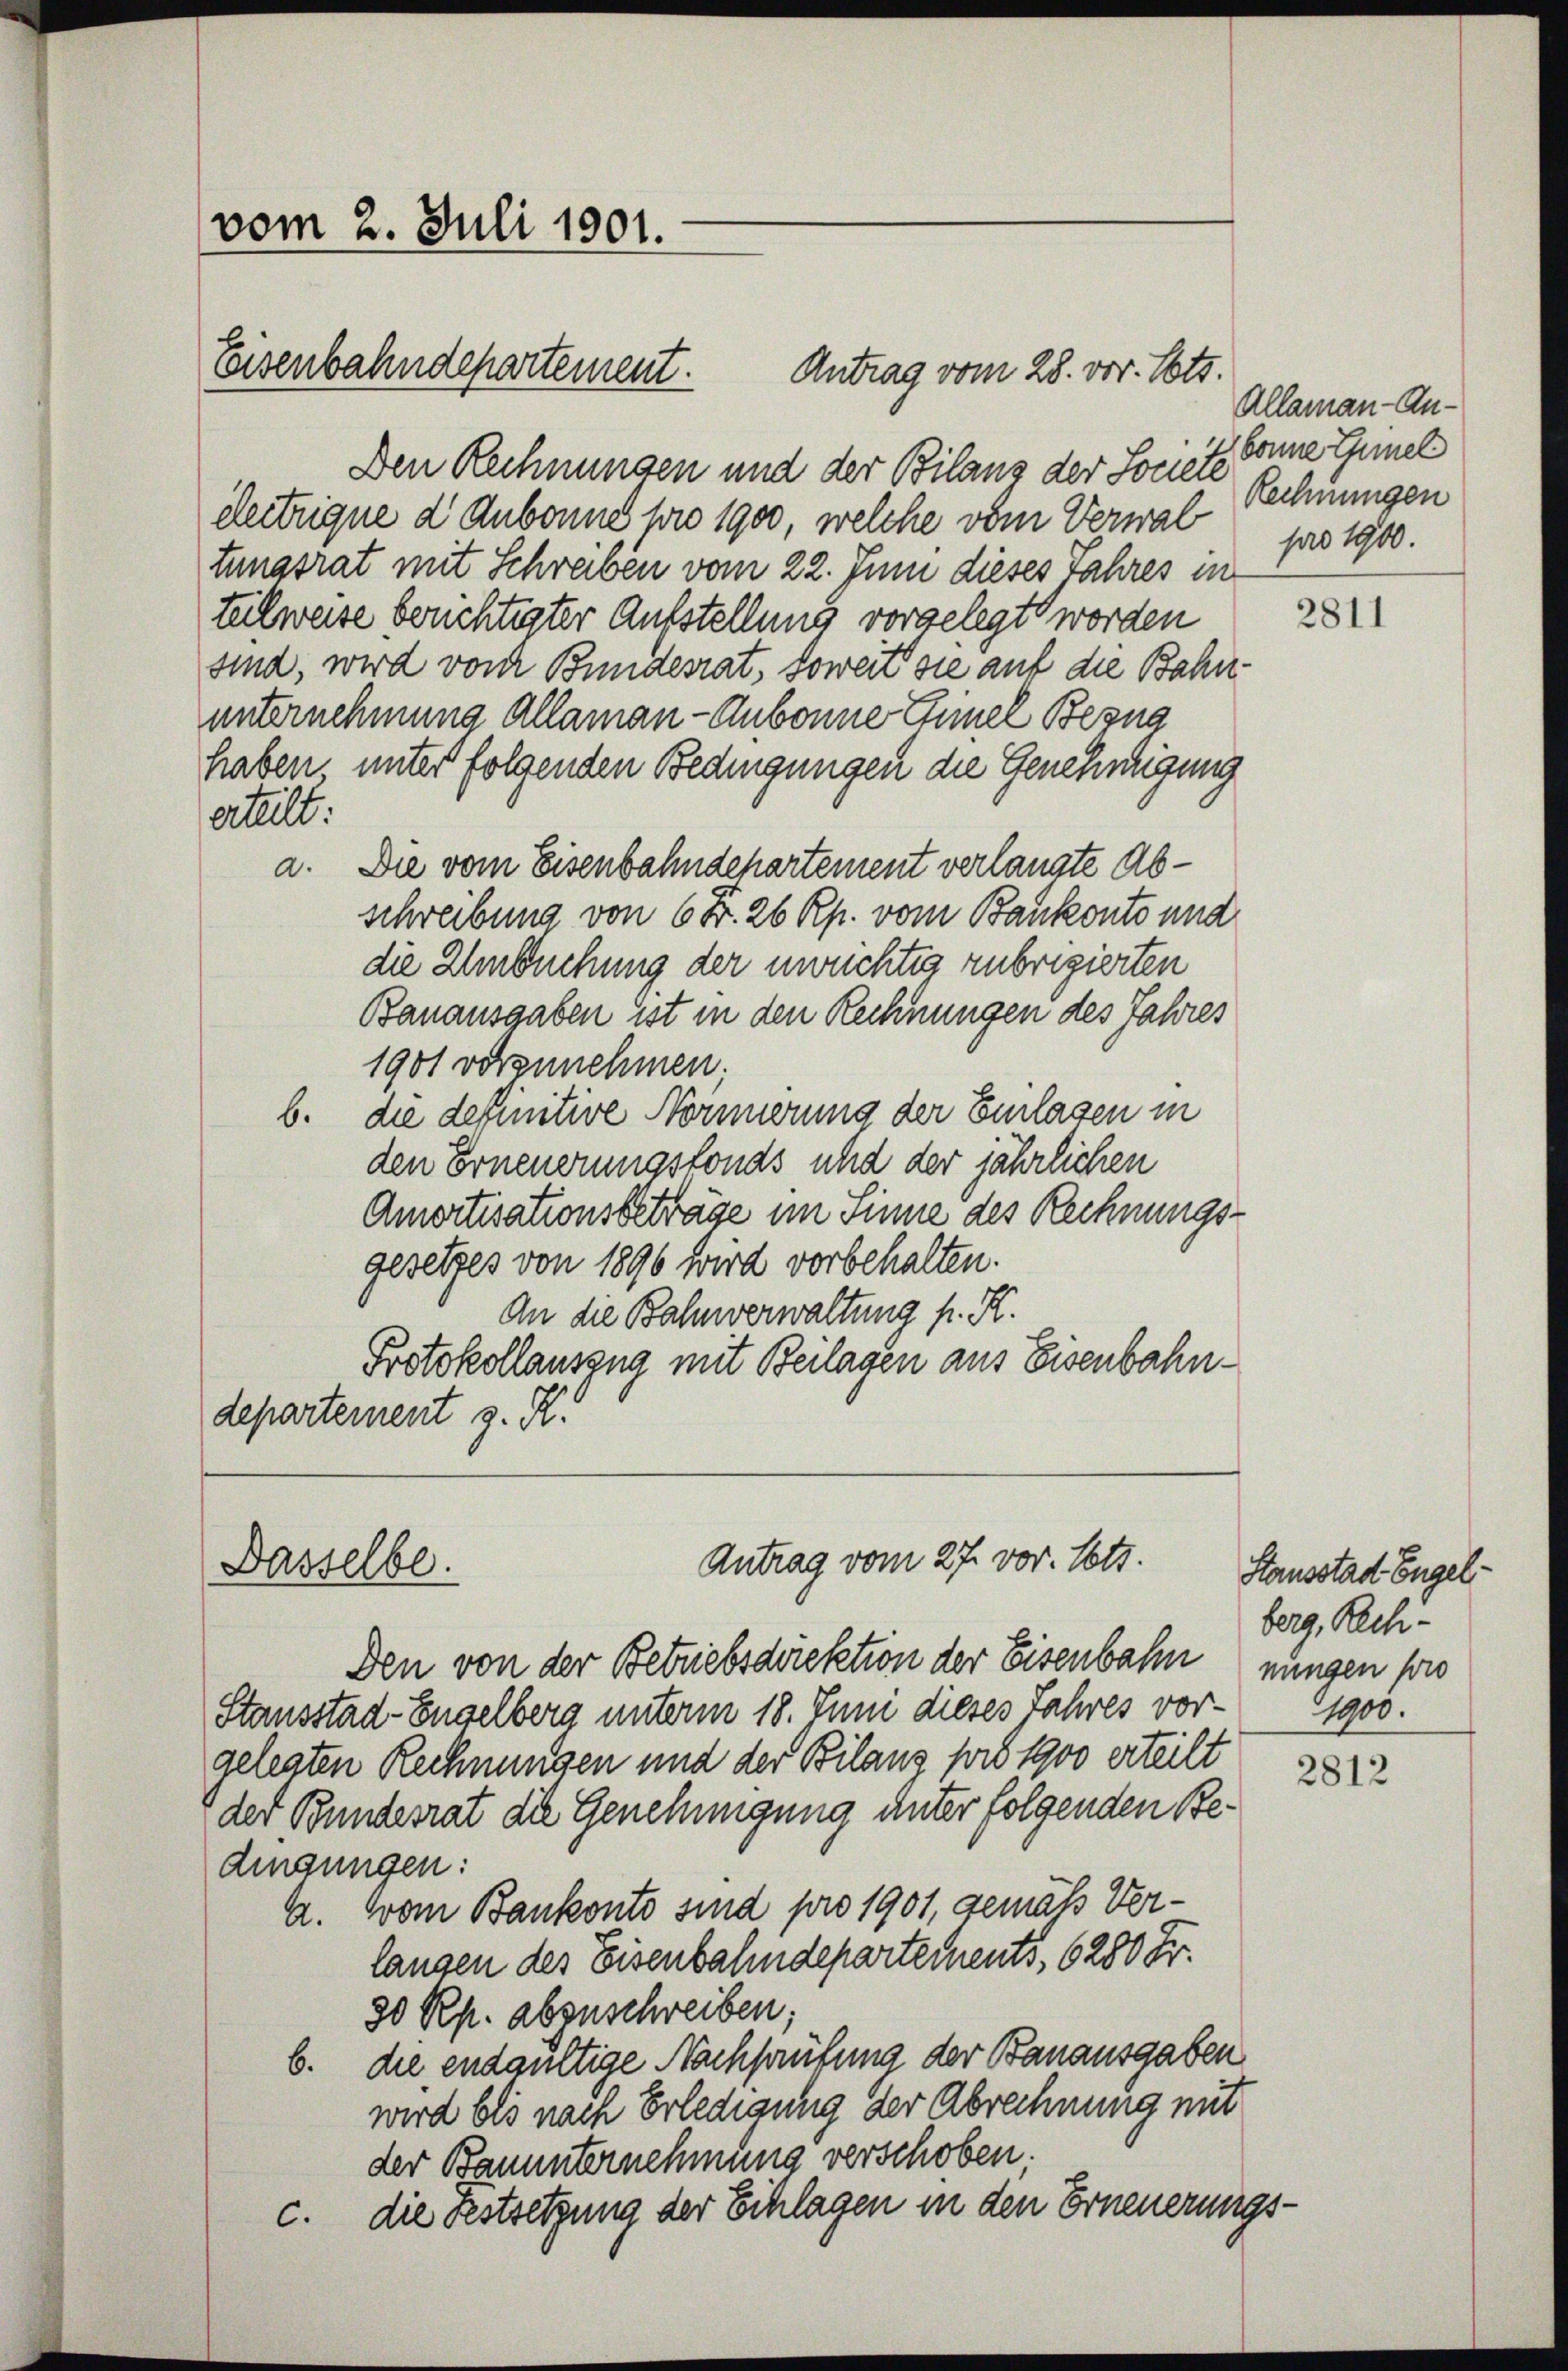
vom 2. Juli 1901.

Eisenbahndepartement. Antrag vom 28. vor. Mts.

Den Rechnungen und der Bilanz der Societe
eleitrique d. Aubonne pro 1900, welche vom Verwal pro 1900.
tungsrat mit Schreiben vom 22. Juni dieses Jahres in
tulweise berichtigter Aufstellung vorgelegt worden
sind, wird von Bundesrat, soweit sie auf die Bahnunternehmung Allaman - Aubonne Chinel Begna
haben unter folgenden Bedingungen die Genehmigung
ertelt.
a. Die vom Eisenbahndepartement verlangte Abschreibung von 6 Fr. 26 Rp. vom Bankonto und
die Umbuchung der unrichtig zubrigierten
Banausgaben ist in den Rechnungen des Jahres
1901 vorzunehmen;
b. die definitive Normierung der Einlassen in
den Erneuerungsfonds und der jährlichen
Amortisationsbeträge im Sinne des Rechnungsgesetzes von 1896 wird vorbehalten.
An die Bahnverwaltung p. R.
Protokollauszug mit Beilagen aus Eisenbahndepartement z. R.

Dasselbe.

Antrag vom 27. vor. Mts.

Den von der Betriebsdirektion der Eisenbahn nungen sowo
Stausstad-Engelberg unterm 18. Juni dieses Jahres vor- 1900.
gelegten Rechnungen und der Bilans pro 1900 erteilt
der Bundesrat die Genehmigung unter folgenden Bedingungen:
A. Vom Bankonto sind pro 1901, gemäß Verlangen des Eisenbahndepartements, 6280 Fr.
30 Rp. abzuschreiben;
b. die endgültige Nachsaufung der Banausgaben
wird bis nach Erledigung der Abrechnung mit
der Bauunternehmung verschoben.
c. die Festsetzung der Splügen in den Erneuerungs¬

Allaman-Anbonne Gmel
Rechnungen

2811

Stausstad Engel-
berg, Rech¬

2812